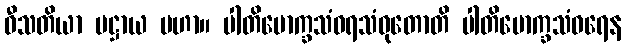
ဝီသတိယာ ပဋ္ဌာယ မဟာ။ ပါတိမောက္ခသံဝရသံဝုတောတိ ပါတိမောက္ခသံဝရေန